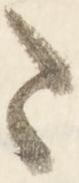
さ